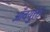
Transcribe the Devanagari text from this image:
आँवयुक्त